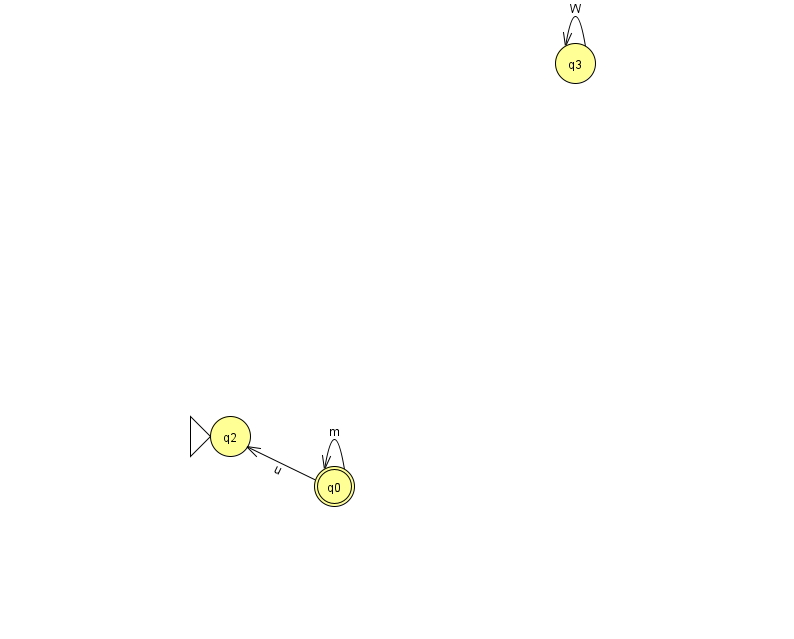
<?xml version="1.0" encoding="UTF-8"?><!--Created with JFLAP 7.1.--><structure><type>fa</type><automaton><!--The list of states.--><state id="0" name="q0"><x>334.0</x><y>473.0</y><final/></state><state id="2" name="q2"><x>230.0</x><y>423.0</y><initial/></state><state id="3" name="q3"><x>575.0</x><y>50.0</y></state><!--The list of transitions.--><transition><from>3</from><to>3</to><read>W</read></transition><transition><from>0</from><to>0</to><read>m</read></transition><transition><from>0</from><to>2</to><read>u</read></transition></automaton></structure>